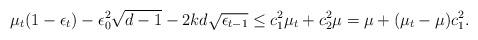
LaTeX: \begin{align*} \mu_t ( 1 -\epsilon_t) - \epsilon_0^2 \sqrt{d-1} -2kd \sqrt{\epsilon_{t-1}} \leq c_1^2 \mu_t + c_2^2 \mu= \mu + (\mu_t - \mu)c_1^2. \end{align*}